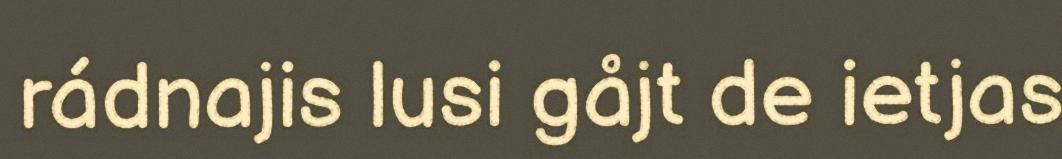
rádnajis lusi gåjt de ietjas